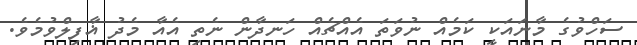
ސަހްވުގެ މާނައަކީ ކަމެއް ނުވަތަ އެއްޗެއް ހަނދާން ނެތި އެއާ މެދު ޣާފިލްވުމެވެ.